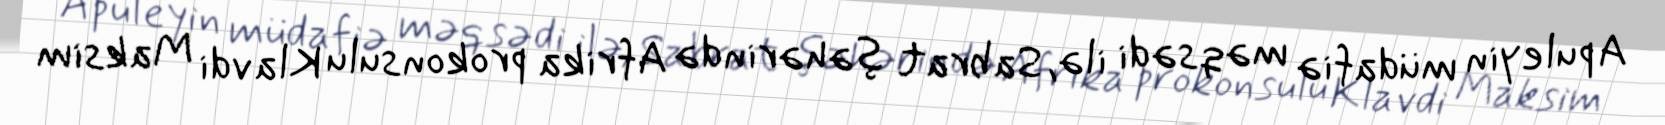
Apuleyin müdafiə məqsədi ilə, Sabrat şəhərində Afrika prokonsulu Klavdi Maksim